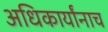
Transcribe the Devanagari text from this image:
अधिकार्यांनाच